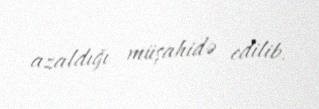
azaldığı müşahidə edilib.